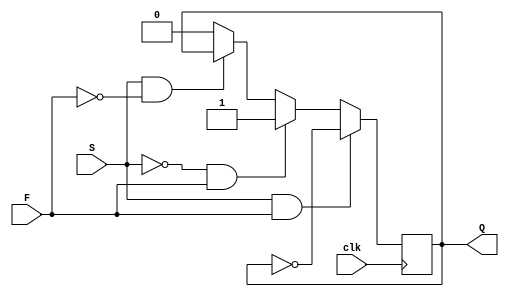
module sf(
    input S,
    input F,
    input clk,
    output reg Q
    );
    
    initial begin
        Q = 0;
    end
	
    // write your code here
	 always@(posedge clk)
		if(S == 1 && F == 1) Q <= !Q ;
		else if(S == 0 && F == 1) Q <= 1;
		else if(S == 1 && F == 0) Q <= Q;
		else Q <= 0;
	 
	 
endmodule